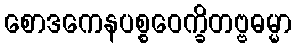
စောဒကေနပစ္စဝေက္ခိတဗ္ဗဓမ္မာ